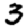
Digit: 3